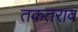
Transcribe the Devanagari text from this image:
तकतराव